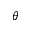
^ { \theta }